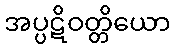
အပ္ပဋိဝတ္တိယော